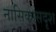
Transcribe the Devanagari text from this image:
नासिकासदृश